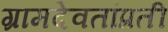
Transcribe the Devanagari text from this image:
ग्रामदेवतांप्रती